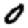
Digit: 0